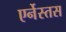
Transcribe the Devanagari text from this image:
एर्नेस्तस